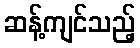
ဆန့်ကျင်သည့်